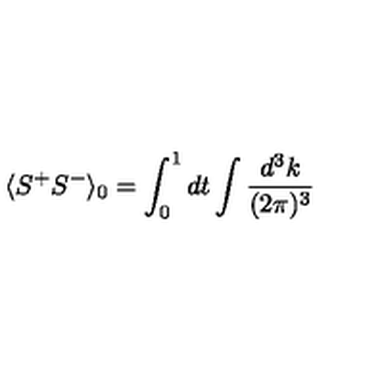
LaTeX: \langle S ^ { + } S ^ { - } \rangle _ { 0 } = \int _ { 0 } ^ { 1 } d t \int \frac { d ^ { 3 } k } { ( 2 \pi ) ^ { 3 } }